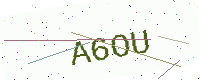
Text: A6OU